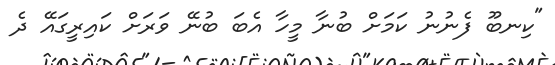
"ކިނބޫ ފެނުނު ކަމަށް ބުނާ މީހާ އެބަ ބުނޭ ވަރަށް ކައިރީގައޭ ދެ